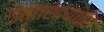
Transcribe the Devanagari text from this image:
उत्तरदयात्व